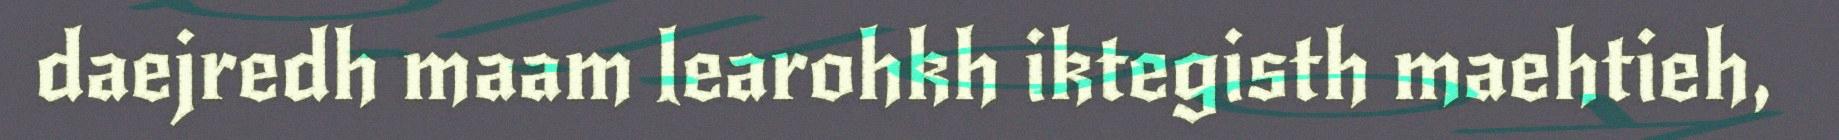
daejredh maam learohkh iktegisth maehtieh,